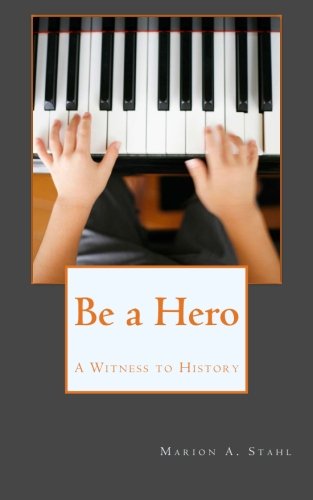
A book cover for Be a Hero: A Witness to History; Marion A. Stahl; Teen & Young Adult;